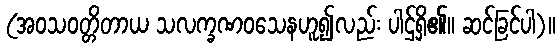
(အဝသဝတ္တိတာယ သလက္ခဏဝသေနဟူ၍လည်း ပါဌ်ရှိ၏။ ဆင်ခြင်ပါ)။